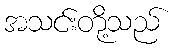
အသင်းတို့သည်